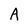
Character: A